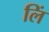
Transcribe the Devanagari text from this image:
लिं